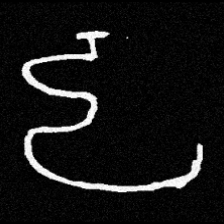
Pyu character \u2014 Myanmar letter: ဠ (romanized: lla)